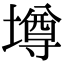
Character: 墫